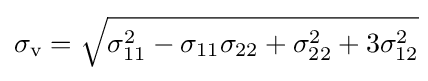
\sigma _{\text{v}}={\sqrt {\sigma _{11}^{2}-\sigma _{11}\sigma _{22}+\sigma _{22}^{2}+3\sigma _{12}^{2}}}\!